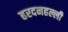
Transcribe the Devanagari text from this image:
हरदनहल्ली